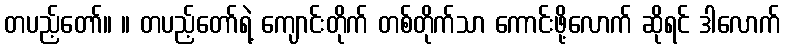
တပည့်တော်။ ။ တပည့်တော်ရဲ့ ကျောင်းတိုက် တစ်တိုက်သာ ကောင်းဖို့လောက် ဆိုရင် ဒါလောက်